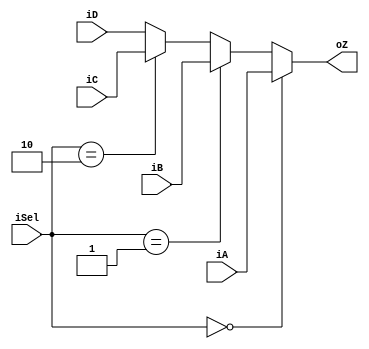
module mux4_8(iA, iB, iC, iD, iSel, oZ);
    input [7:0] iA, iB, iC, iD;
    input [1:0] iSel;
    output [7:0] oZ;

    assign oZ = (iSel == 0) ? iA : 
                (iSel == 1) ? iB :
                (iSel == 2) ? iC : iD;

endmodule   // mux4_8